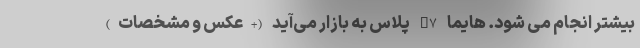
بیشتر انجام می شود. هایما S7 پلاس به بازار می‌آید (+عکس و مشخصات)